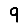
Digit: 9